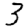
Digit: 3